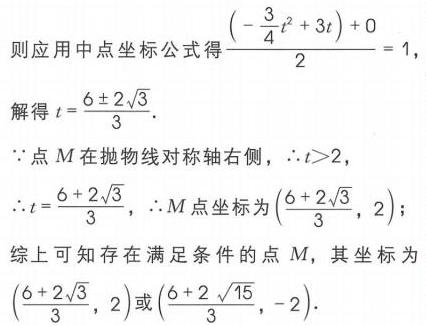
则应用中点坐标公式得\(\frac{(-\frac{3}{4}t^{2}+3t)+0}{2}=1\)，
解得\(t = \frac{6\pm2\sqrt{3}}{3}\).
\(\because\)点\(M\)在抛物线对称轴右侧，\(\therefore t>2\)，
\(\therefore t=\frac{6 + 2\sqrt{3}}{3}\)，\(\therefore M\)点坐标为\((\frac{6 + 2\sqrt{3}}{3},2)\)；
综上可知存在满足条件的点 \(M\)，其坐标为
\((\frac{6 + 2\sqrt{3}}{3},2)\)或\((\frac{6 + 2\sqrt{15}}{3},-2)\).